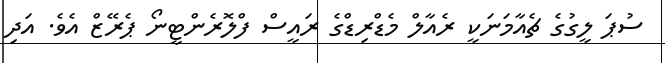
ސުޕަ ލީގުގެ ޗެއާމަނަކީ ރެއާލް މެޑްރިޑްގެ ރައީސް ފްލޮރެންޓީނޯ ޕެރޭޒް އެވެ. އަދި